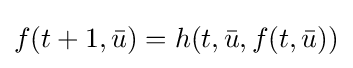
f(t+1,{\bar {u}})=h(t,{\bar {u}},f(t,{\bar {u}}))